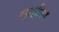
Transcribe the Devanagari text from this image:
लाइपिड